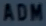
ADM